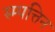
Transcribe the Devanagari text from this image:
स्म्पत्तिन